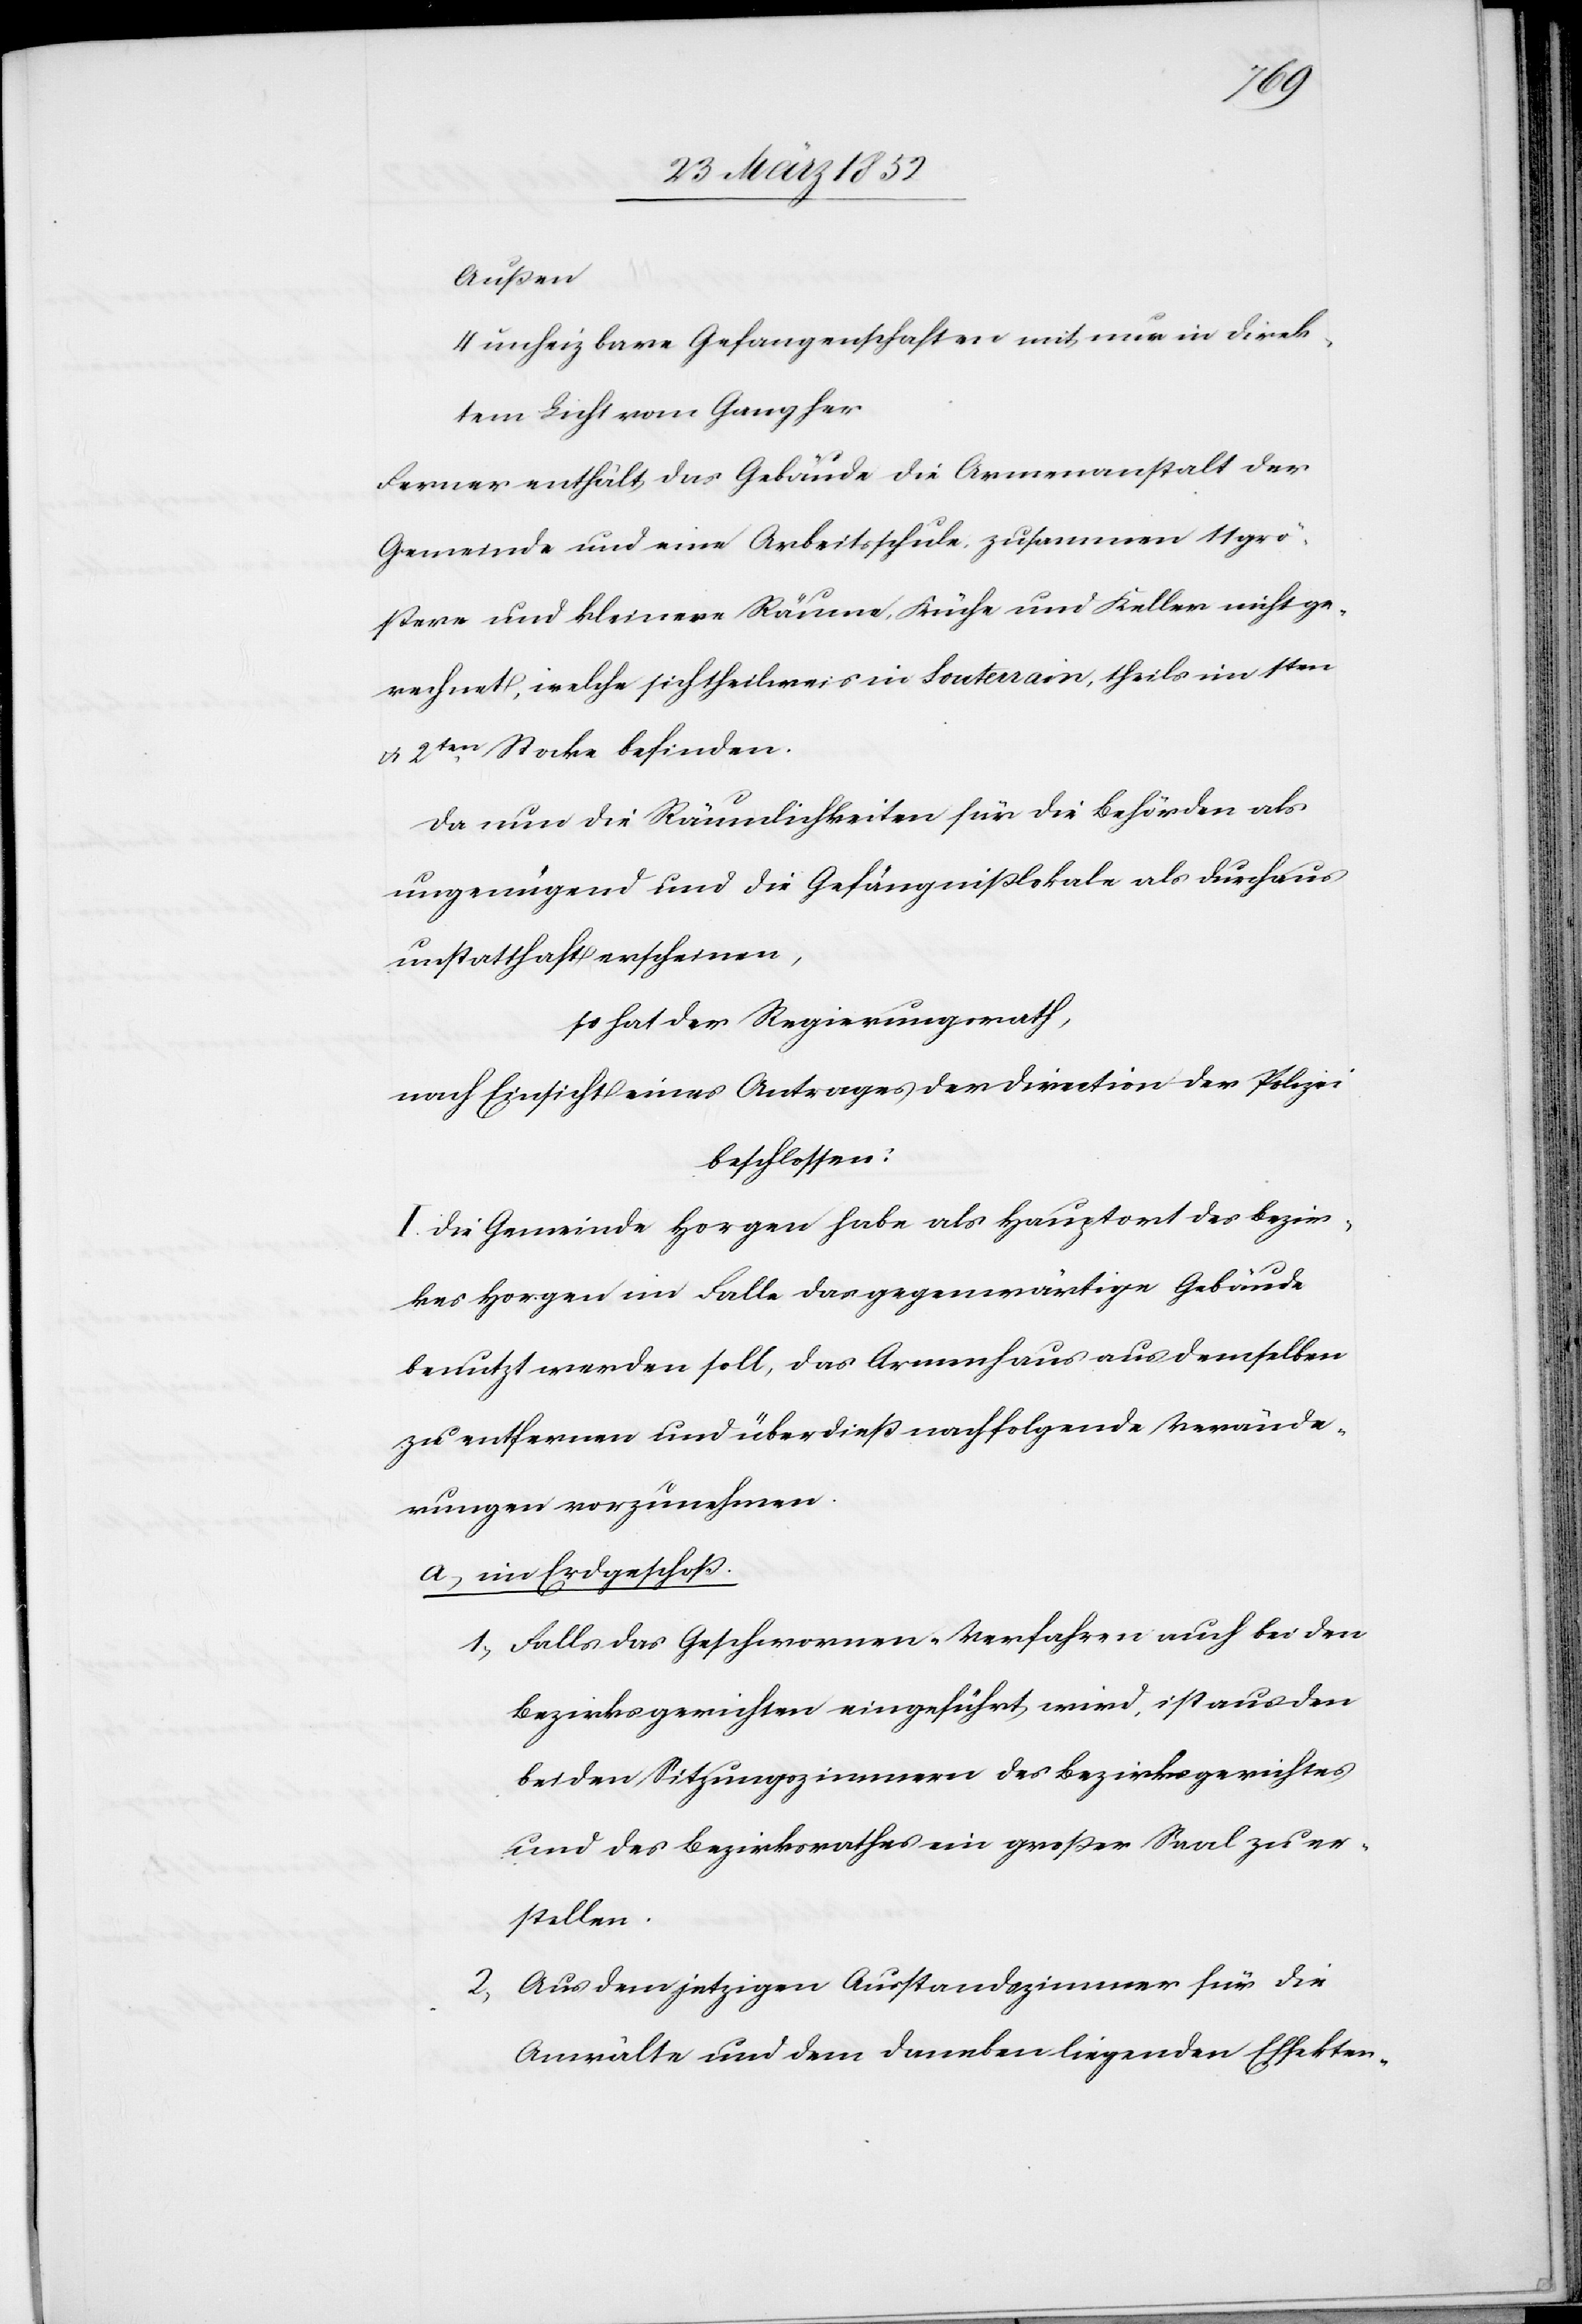
Außen
4 unheizbare Gefangenschaften mit nur indirek¬
tem Licht vom Gang her
Ferner enthält das Gebäude die Armenanstalt der
Gemeinde und eine Arbeitsschule, zusammen 11 grö¬
ßere und kleinere Räume, Küche und Keller nicht ge¬
rechnet, welche sich theilweis in Souterrain, theils im 1ten
u. 2ten Stocke befinden.
Da nun die Räumlichkeiten für die Behörden als
ungenügend und die Gefängnißlokale als durchaus
unstatthaft erscheinen,
so hat der Regierungsrath,
nach Einsicht eines Antrages der Direction der Polizei
beschlossen:
I. Die Gemeinde Horgen habe als Hauptort des Bezir¬
kes Horgen im Falle das gegenwärtige Gebäude
benutzt werden soll, das Armenhaus aus demselben
zu entfernen und überdieß nachfolgende Verände¬
rungen vorzunehmen.
a) im Erdgeschoß.
1) Falls das Geschwornen-Verfahren auch bei den
Bezirksgerichten eingeführt wird, ist aus den
beiden Sitzungszimmern des Bezirksgerichtes
und des Bezirksrathes ein großer Saal zu er¬
stellen.
2) Aus dem jetzigen Ausstandszimmer für die
Anwälte und dem daneben liegenden Effekten-